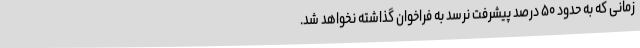
زمانی که به حدود ۵۰ درصد پیشرفت نرسد به فراخوان گذاشته نخواهد شد.